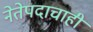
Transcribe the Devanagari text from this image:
नेतेपदाचाही